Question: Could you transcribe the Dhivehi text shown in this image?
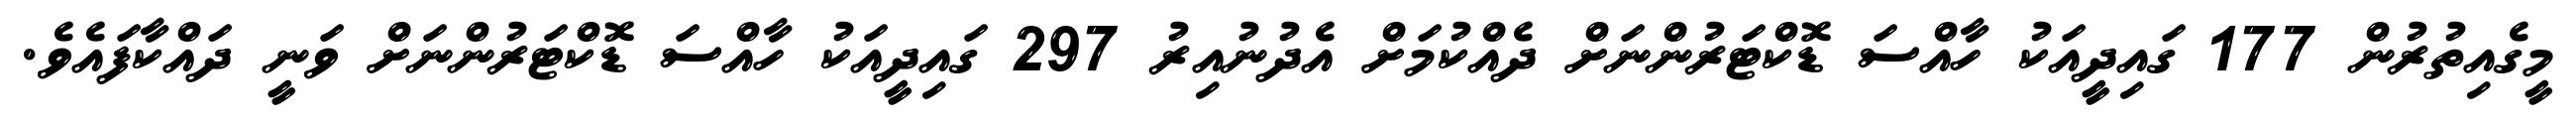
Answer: މީގެއިތުރުން 177 ގައިދީއަކު ހާއްސަ ޑޮކްޓަރުންނަށް ދެއްކުމަށް އެދުނުއިރު 297 ގައިދީއަކު ހާއްސަ ޑޮކްޓަރުންނަށް ވަނީ ދައްކާފައެވެ.